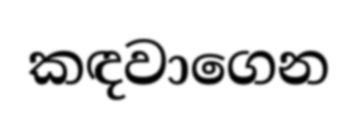
කඳවාගෙන